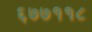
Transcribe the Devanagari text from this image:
६७७११८